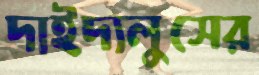
দাইদ্যলুসের